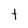
Character: t